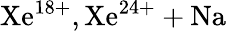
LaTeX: \mathrm{Xe^{18+},Xe^{24+}+Na}